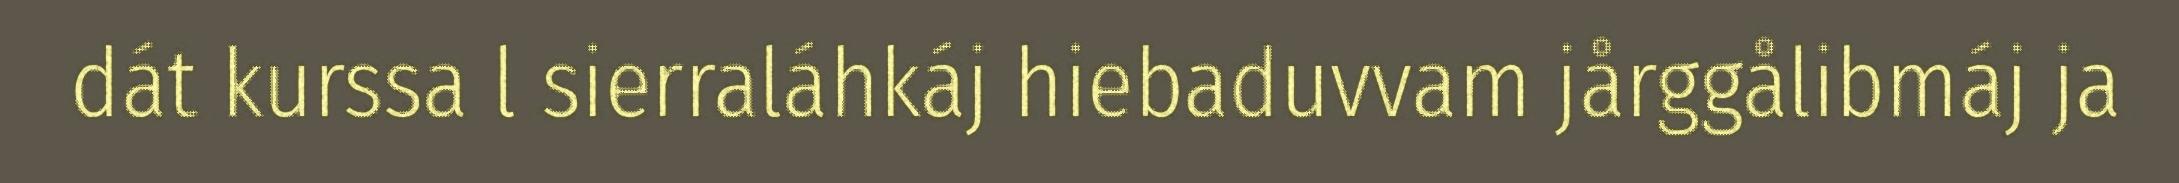
dát kurssa l sierraláhkáj hiebaduvvam jårggålibmáj ja